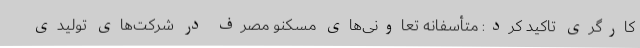
کارگری تاکید کرد: متأسفانه تعاونی‌های مسکنو مصرف در شرکت‌های تولیدی